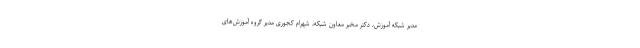
مدیر شبکه آموزش، دکتر مخبر معاون شبکه، شهرام کجوری مدیر گروه آموزش‌های